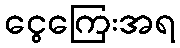
ငွေကြေးအရ